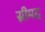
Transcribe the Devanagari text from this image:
स्रीमद